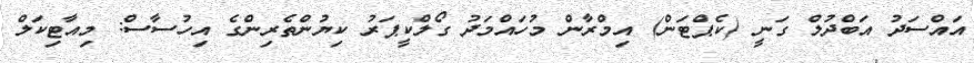
އައްސަދު އަބްދުލް ގަނީ (ކެޕްޓަން) އިމްރާން މުހައްމަދު ގޯލްކީޕަރު ކިޔުންތެރިންގެ އިހުސާސް: މިއާޓިކަލް